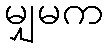
မျှမက